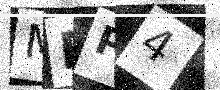
Text: MDP4